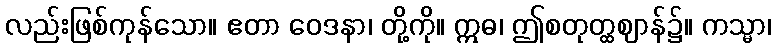
လည်းဖြစ်ကုန်သော။ ဧတာ ဝေဒနာ၊ တို့ကို။ ဣဓ၊ ဤစတုတ္ထဈာန်၌။ ကသ္မာ၊